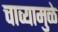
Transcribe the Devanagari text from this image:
चाव्यामुळे